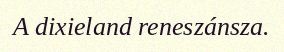
A dixieland reneszánsza.